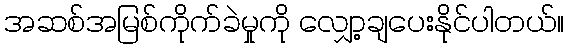
အဆစ်အမြစ်ကိုက်ခဲမှုကို လျှော့ချပေးနိုင်ပါတယ်။